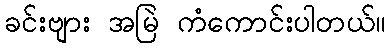
ခင်းဗျား အမြဲ ကံကောင်းပါတယ်။